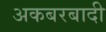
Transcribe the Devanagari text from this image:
अकबरबादी